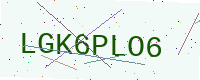
Text: LGK6PLO6